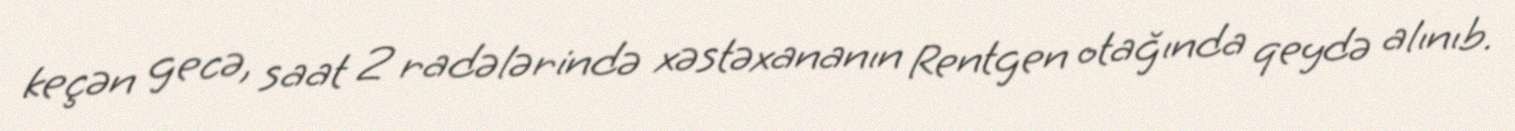
keçən gecə, saat 2 radələrində xəstəxananın Rentgen otağında qeydə alınıb.